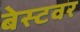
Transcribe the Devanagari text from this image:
बेस्टवर